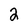
Character: 2